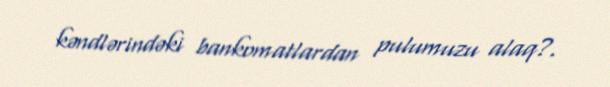
kəndlərindəki bankomatlardan pulumuzu alaq?.